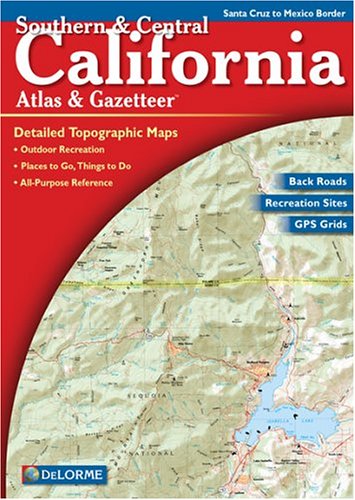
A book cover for Southern & Central California Atlas & Gazetteer: Detailed Topographic Maps, Back Roads, Outdoor Recreation, GPS Grids; Delorme; Travel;